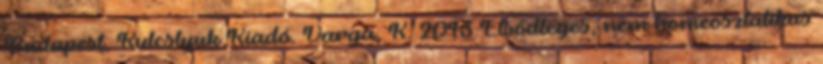
Budapest, Kulcslyuk Kiadó. Varga, K. 2013 Elsődleges, nem homeosztatikus